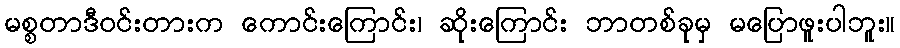
မစ္စတာဒီဝင်းတားက ကောင်းကြောင်း၊ ဆိုးကြောင်း ဘာတစ်ခုမှ မပြောဖူးပါဘူး။